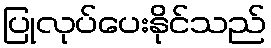
ပြုလုပ်ပေးနိုင်သည်